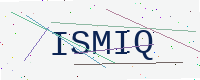
Text: ISMIQ